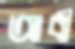
আবী